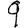
Digit: 9